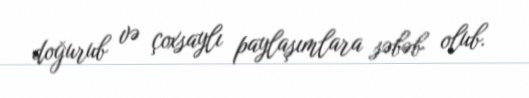
doğurub və çoxsaylı paylaşımlara səbəb olub.